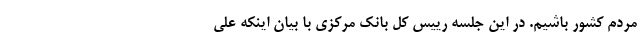
مردم کشور باشیم. در این جلسه رییس کل بانک مرکزی با بیان اینکه علی